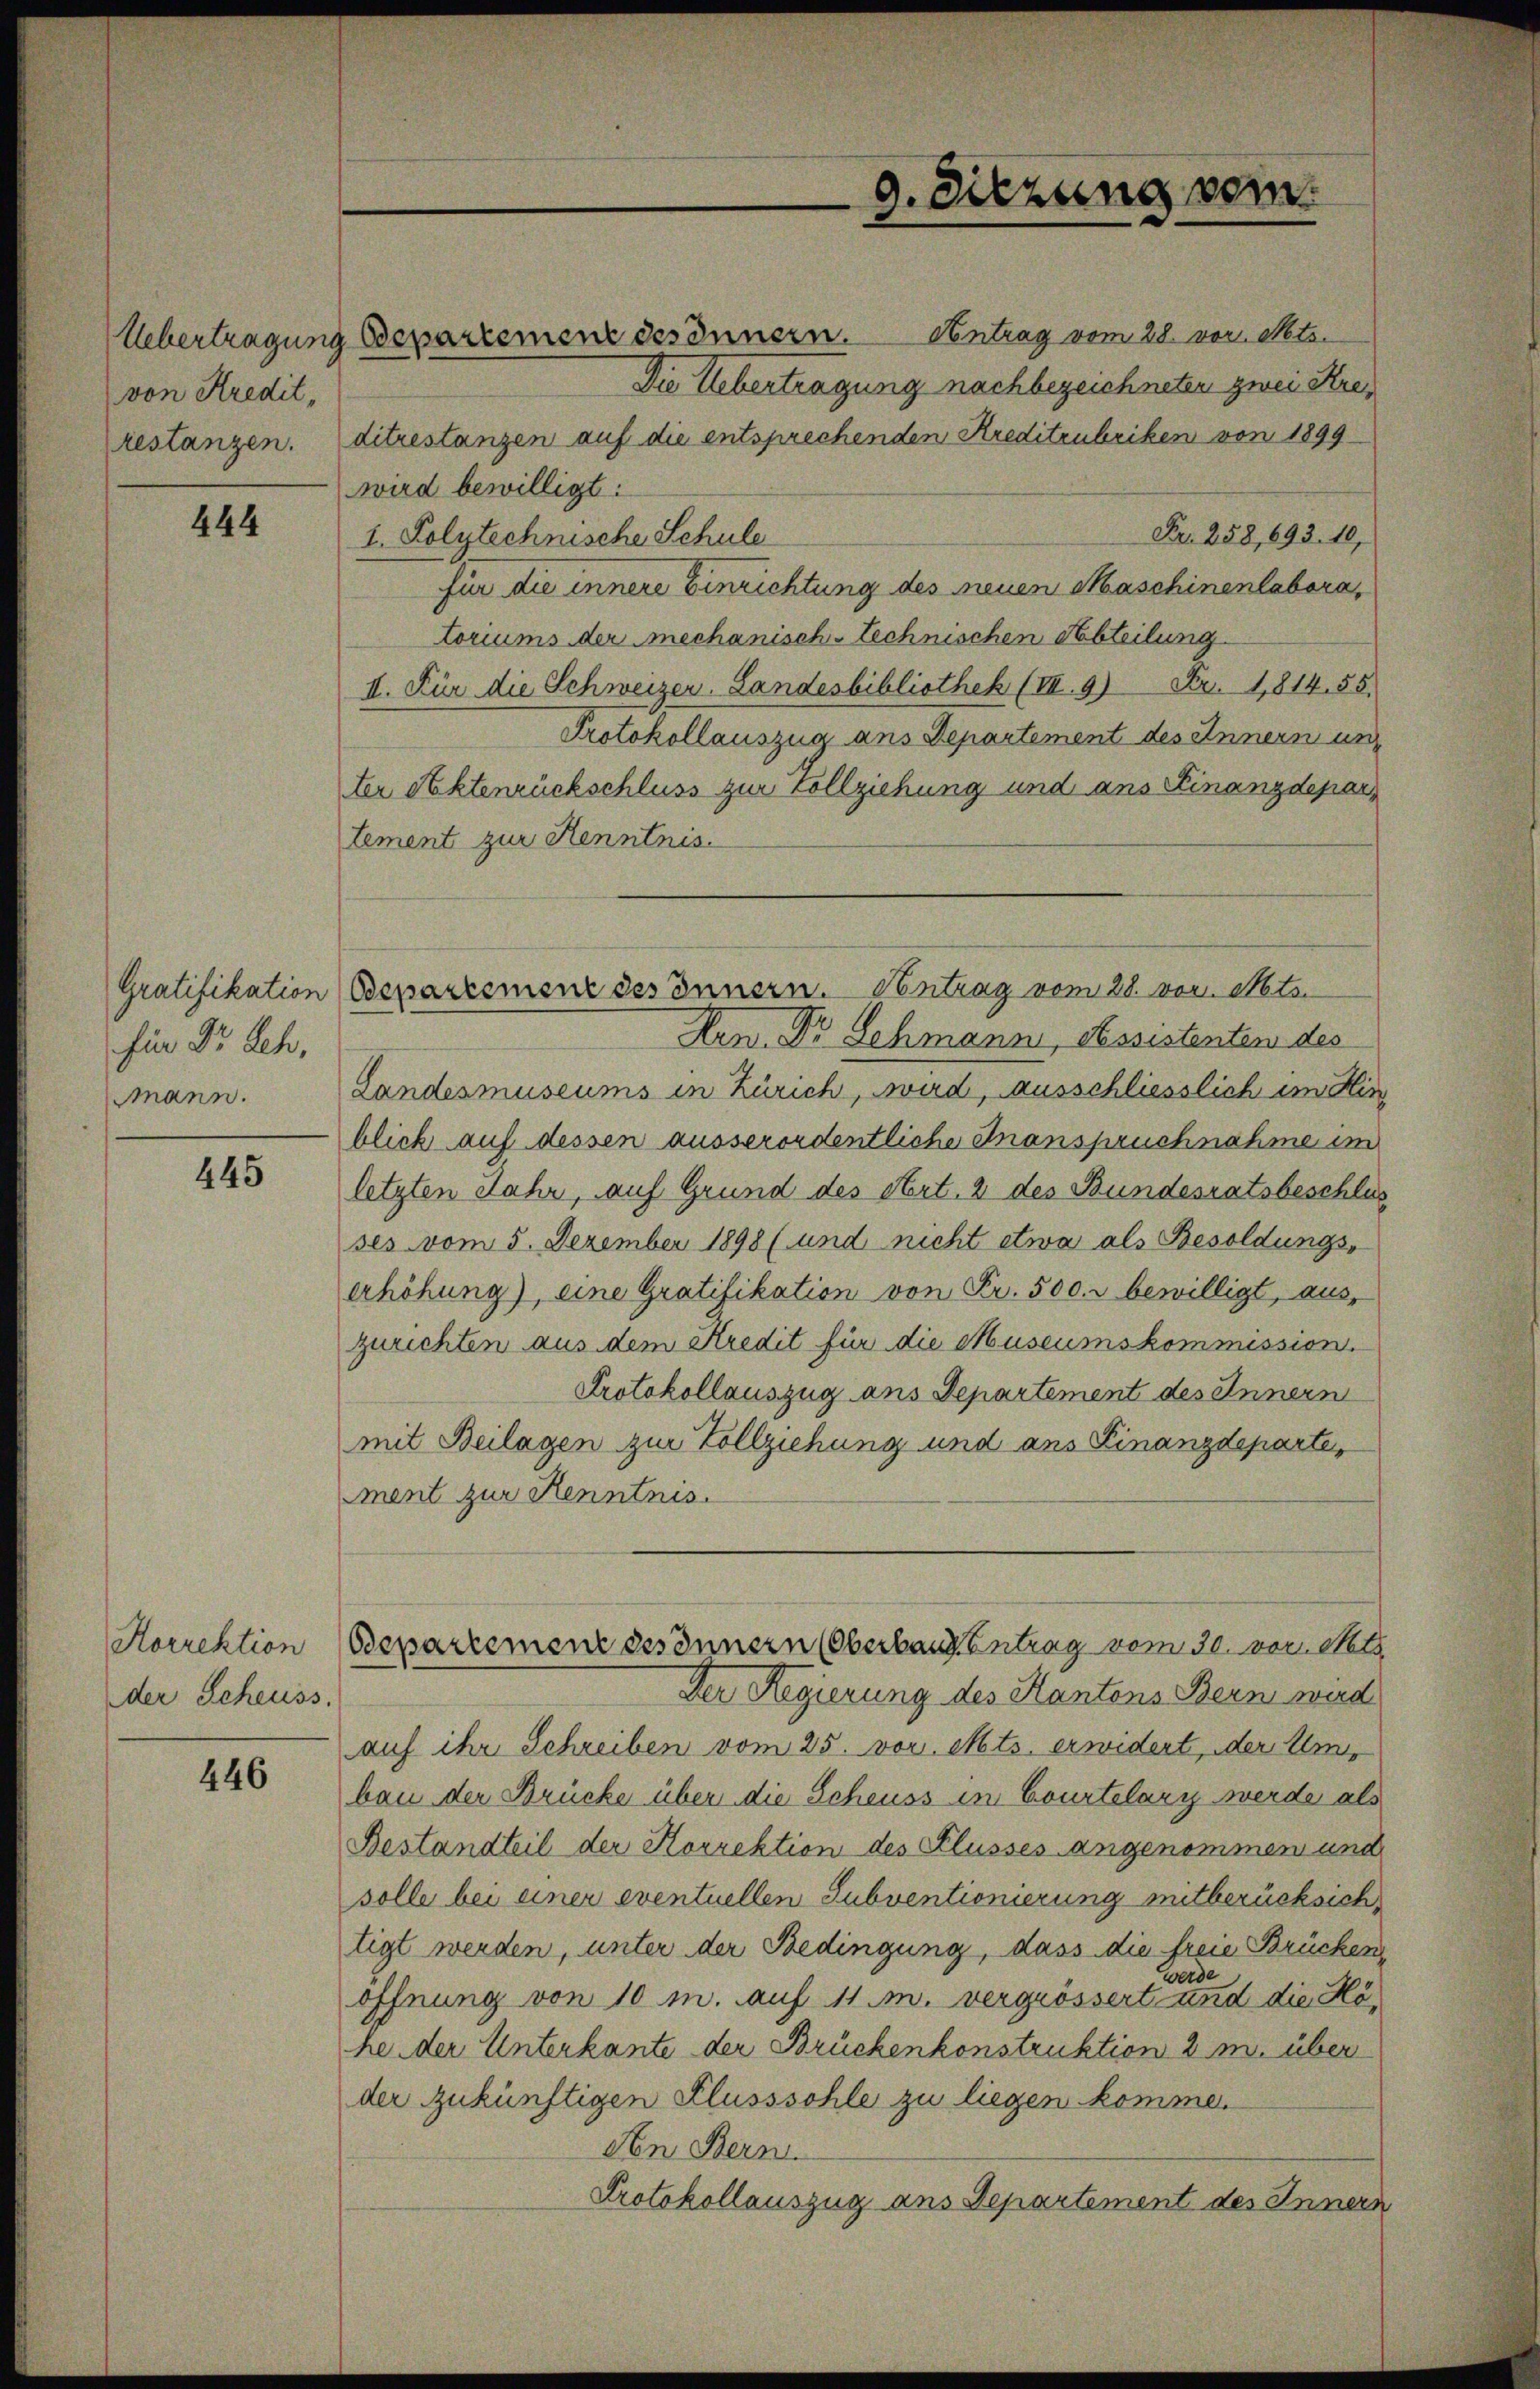
von Kredit,

444

Gratifikation
für Dr. Sch.
mmann.

445

Horrektion
der Scheuss.

446

Übertragung Bepartemenz des Innern. Antrag vom 28. vor. Mts.
Die Uebertragung nachbezeichneten zwei Krei
restanzen. ditrestanzen auf die entsprechenden Kreditenbriken von 1899.
wird bewilligt:
Fr. 258, 693. 10,
1. Polytechnische Schule
für die innere Einrichtung des neuen Maschinenlabora,
toriums der mechanisch-technischen Abteilung
II. Für die Schweizer, Landesbibliothek (III. 9) Fr. 1814. 55.
Protokollauszug aus Departement des Innern und
ter Aktenrückschluss zur Vollziehung und ans Finanzdepartement zur Henntnis.
Hen. Dr Schmann, Assistenten des
Landesmuseums in Zürich, wird, ausschliesslich im Hin
blick auf dessen ausserordentliche Inanspruchnahme im
letzten Jahr, auf Grund des Art. 2 des Bundesratsbeschlus
ses vom 5. Dezember 1898 (und nicht etwa als Besoldungserhöhung), eine Gratifikation von Fr. 500. r bewilligt, aus,
zurichten aus dem Kredit für die Museumskommission.
Protokollauszug ans Departement des Innern
mit Beilagen zur Vollziehung und ans Finanzdeparte,
ment zur Kenntnis.
Bepartement des Innern (Oberbaut Eintrag/Antrag vom 30. vor. Mts.
Der Regierung des Kantons Bern wird
auf ihr Schreiben vom 25. vor. Mts. erwidert, der Umbau der Brücke über die Scheuss in Courtelary werde als
Bestandteil der Korrektion des Flusses angenommen und
solle bei einer eventuellen Subventionierung mitberücksich,
tigt werden, unter der Bedingung, dass die freie Brücken
werde
öffnung von 10 m. auf 11 m. vergrössert und die Höhe der Unterkante der Brückenkonstruktion 2 M. über
der zukünftigen Flusssohle zu liegen komme.
Aen Bern
Protokollauszug aus Departement des Innern

g. Sitzung vom

Bepartement des Innern. Contrag vom 28. vor. Mts.